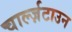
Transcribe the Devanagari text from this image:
चार्ल्ज़टाउन